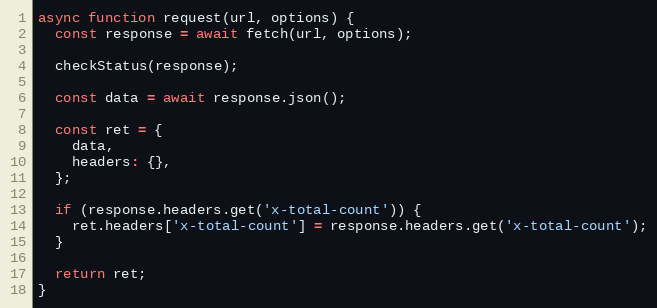
Language: JavaScript
async function request(url, options) {
  const response = await fetch(url, options);

  checkStatus(response);

  const data = await response.json();

  const ret = {
    data,
    headers: {},
  };

  if (response.headers.get('x-total-count')) {
    ret.headers['x-total-count'] = response.headers.get('x-total-count');
  }

  return ret;
}